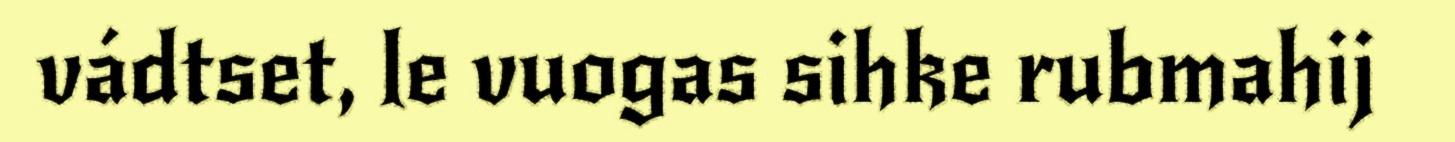
vádtset, le vuogas sihke rubmahij